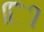
િિી